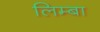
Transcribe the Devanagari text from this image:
लिम्बा